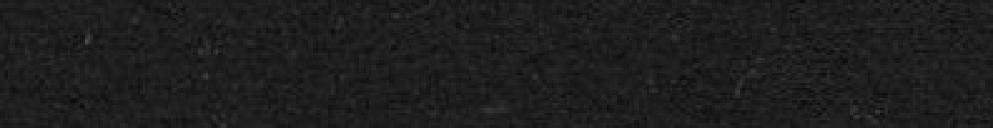
Titre premier. Recettes.